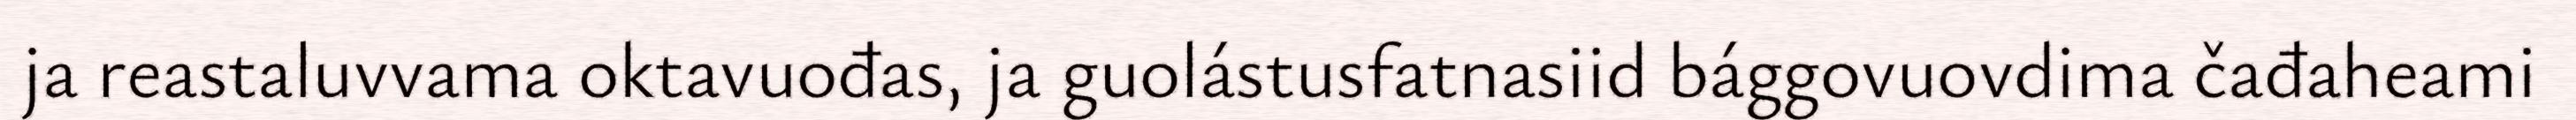
ja reastaluvvama oktavuođas, ja guolástusfatnasiid bággovuovdima čađaheami